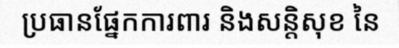
ប្រធានផ្នែកការពារ និងសន្តិសុខ នៃ